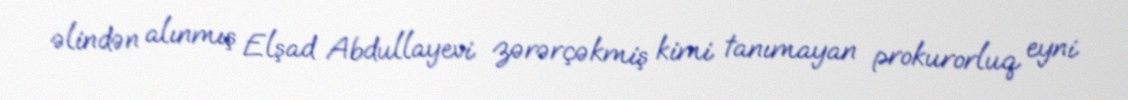
əlindən alınmış Elşad Abdullayevi zərərçəkmiş kimi tanımayan prokurorluq eyni